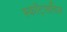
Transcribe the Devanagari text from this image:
स्कॉट्सविल